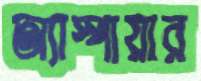
অ্যাস্পায়ার